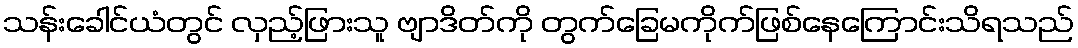
သန်းခေါင်ယံတွင် လှည့်ဖြားသူ ဗျာဒိတ်ကို တွက်ခြေမကိုက်ဖြစ်နေကြောင်းသိရသည်